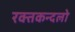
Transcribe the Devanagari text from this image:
रक्तकन्दलो